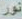
نور